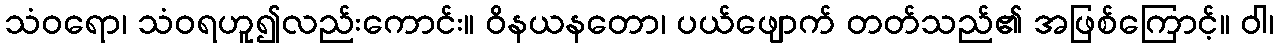
သံဝရော၊ သံဝရဟူ၍လည်းကောင်း။ ဝိနယနတော၊ ပယ်ဖျောက် တတ်သည်၏ အဖြစ်ကြောင့်။ ဝါ၊